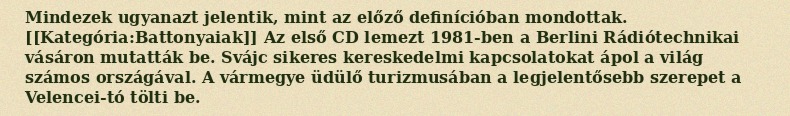
Mindezek ugyanazt jelentik, mint az előző definícióban mondottak. [[Kategória:Battonyaiak]] Az első CD lemezt 1981-ben a Berlini Rádiótechnikai vásáron mutatták be. Svájc sikeres kereskedelmi kapcsolatokat ápol a világ számos országával. A vármegye üdülő turizmusában a legjelentősebb szerepet a Velencei-tó tölti be.